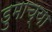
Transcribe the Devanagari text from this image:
डुमाच्या